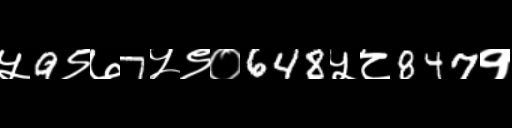
Text: ५9९७7५९०648५८847१